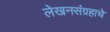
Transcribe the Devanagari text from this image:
लेखनसंग्रहाचे